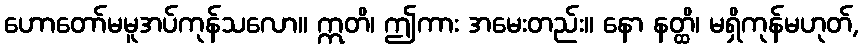
ဟောတော်မမူအပ်ကုန်သလော။ ဣတိ၊ ဤကား အမေးတည်း။ နော နတ္ထိ၊ မရှိကုန်မဟုတ်,